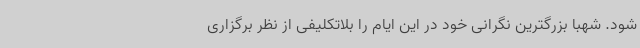
شود. شهبا بزرگترین نگرانی خود در این ایام را بلاتکلیفی از نظر برگزاری